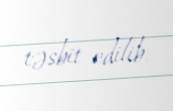
təsbit edilib.